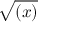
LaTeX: \sqrt { ( x ) }